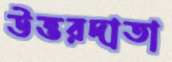
উত্তরদাতা